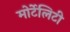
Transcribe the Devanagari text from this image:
मोर्टेलिटी